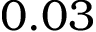
0 . 0 3